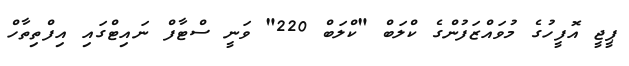
ޕީޖީ އޮފީހުގެ މުވައްޒަފުންގެ ކްލަބް "ކްލަބް 220" ވަނީ ސްޓާފް ނައިޓްގައި އިފްތިތާހް